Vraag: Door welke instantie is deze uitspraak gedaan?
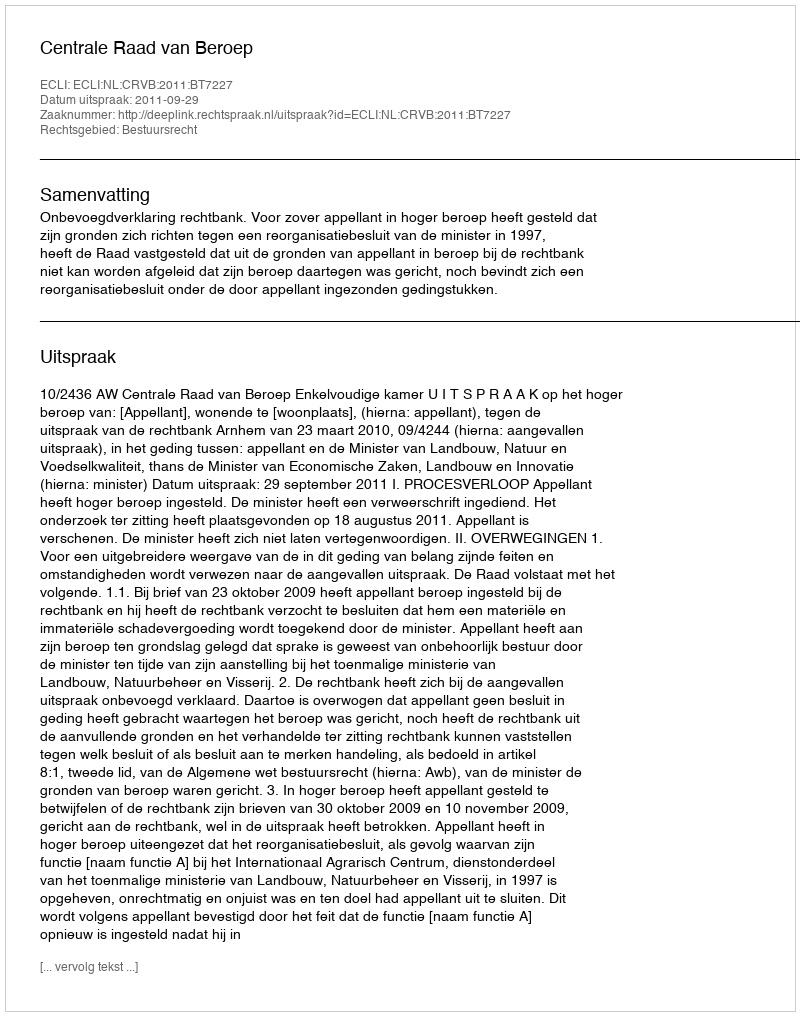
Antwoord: Centrale Raad van Beroep